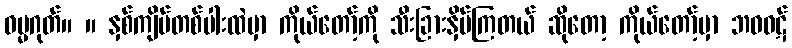
ဓမ္မဂုတ်။ ။ နှစ်ကျိပ်တစ်ပါးထဲမှာ ကိုယ်တော့်ကို သီးခြားနှိမ်ကြတယ် ဆိုတော့ ကိုယ်တော့်မှာ ဘဝဝဋ်